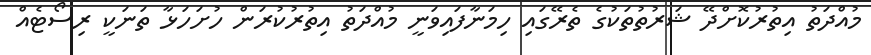
މުއްދަތު އިތުރުކޮށްދޭ ޝަރުތުތަކުގެ ތެރޭގައި ހިމަނާފައިވަނީ މުއްދަތު އިތުުރުކުރަން ހުށަހަޅާ ތަނަކީ ރިސޯޓެއް